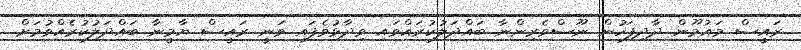
ރައީސް މައުމޫން ދާދިފަހުން ނޫސްވެރިންނާ ބައްދަލުކުރައްވައި ވިދާޅުވެފައި ވަނީ ރައީސް ޔާމީނާ ބައްދަލުކުރެއްވުމަށް